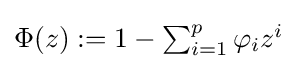
\Phi (z):=\textstyle 1-\sum _{i=1}^{p}\varphi _{i}z^{i}